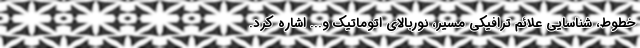
خطوط، شناسایی علائم ترافیکی مسیر، نوربالای اتوماتیک و... اشاره کرد.